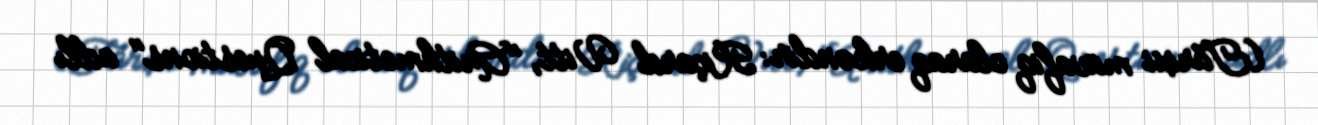
(Tarixi müvafiq olaraq erkəndir: Riçard Vitt, "Arithmetical Questions" adlı